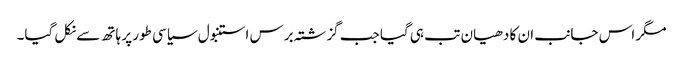
مگر اس جانب ان کا دھیان تب ہی گیا جب گزشتہ برس استنبول سیاسی طور پر ہاتھ سے نکل گیا۔